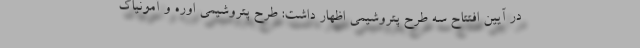
در آیین افتتاح سه طرح پتروشیمی اظهار داشت: طرح پتروشیمی اوره و آمونیاک